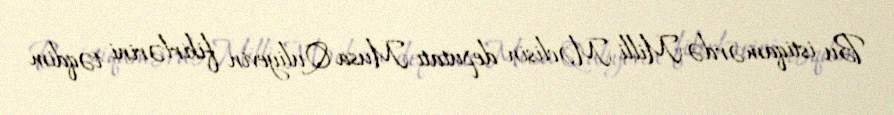
Bu istiqamərdə Milli Məclisin deputatı Musa Quliyevin fikirlərini təqdim